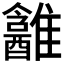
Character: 𱁎